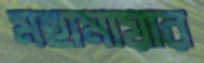
মহামায়ার